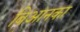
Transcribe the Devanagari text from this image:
बिआनका